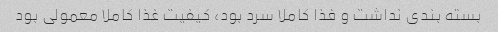
بسته بندی نداشت و فذا کاملا سرد بود، کیفیت غذا کاملا معمولی بود